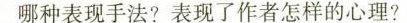
哪种表现手法?表现了作者怎样的心理?